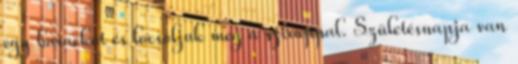
egy barackot és locsoljuk meg a sziruppal. Születésnapja van